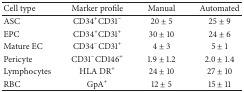
<table><thead><tr><td><b>Cell type</b></td><td><b>Marker profile</b></td><td><b>Manual</b></td><td><b>Automated</b></td></tr></thead><tbody><tr><td>ASC</td><td>CD34<sup>+</sup>CD31<sup>−</sup></td><td>20 ± 5</td><td>25 ± 9</td></tr><tr><td>EPC</td><td>CD34<sup>+</sup>CD31<sup>+</sup></td><td>30 ± 10</td><td>24 ± 6</td></tr><tr><td>Mature EC</td><td>CD34<sup>−</sup>CD31<sup>+</sup></td><td>4 ± 3</td><td>5 ± 1</td></tr><tr><td>Pericyte</td><td>CD31<sup>−</sup>CD146<sup>+</sup></td><td>1.9 ± 1.2</td><td>2.0 ± 1.4</td></tr><tr><td>Lymphocytes</td><td>HLA DR<sup>+</sup></td><td>24 ± 10</td><td>27 ± 10</td></tr><tr><td>RBC</td><td>GpA<sup>+</sup></td><td>12 ± 5</td><td>15 ± 11</td></tr></tbody></table>